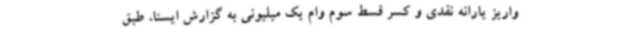
واریز یارانه نقدی و کسر قسط سوم وام یک میلیونی به گزارش ایسنا، طبق